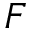
F